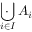
\ \cdot \! \! \! \! \! \bigcup _ { i \in I } A _ { i }